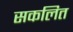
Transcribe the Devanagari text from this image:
सकलित